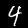
Label: 4